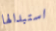
استبدالها